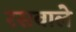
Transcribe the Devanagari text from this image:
रसवाले